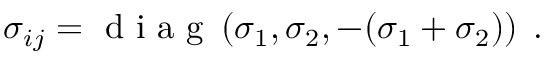
\sigma _ { i j } = \mathrm { ~ d ~ i ~ a ~ g ~ } \left( \sigma _ { 1 } , \sigma _ { 2 } , - ( \sigma _ { 1 } + \sigma _ { 2 } ) \right) \; .